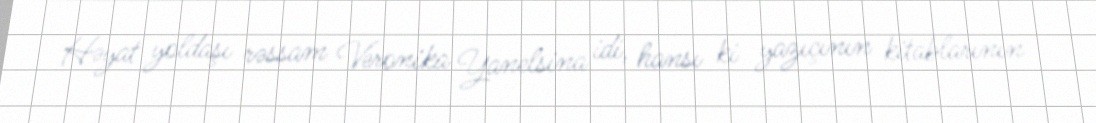
Həyat yoldaşı rəssam Veronika Yanelsina idi, hansı ki yazıçının kitablarının